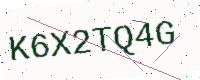
Text: K6X2TQ4G